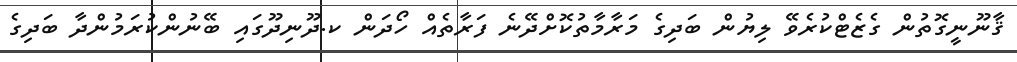
ޤާނޫނީގޮތުން ގެޒެޓްކުރެވޭ ލިޔުން ބަދިގެ މަރާމާތުކޮށްދޭނެ ފަރާތެއް ހޯދަން ކ.ދޫނިދޫގައި ބޭނުންކުރަމުންދާ ބަދިގެ